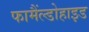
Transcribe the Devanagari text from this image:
फामैंल्डोहाइड